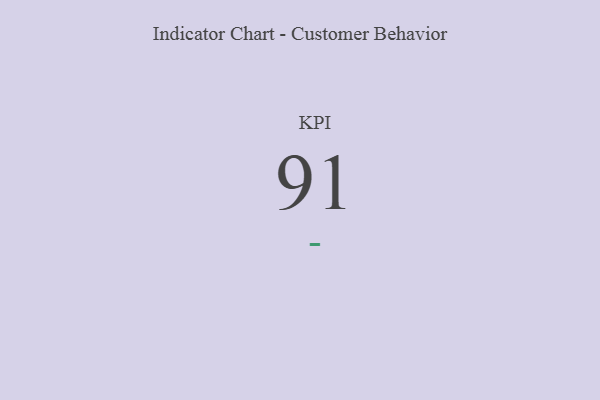
{"axis": {"x": "KPI", "y": "Value"}, "legend": [""], "data": [{"x": "KPI", "y": 91, "type": ""}]}